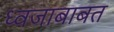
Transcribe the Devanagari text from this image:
ध्वजाबाबत